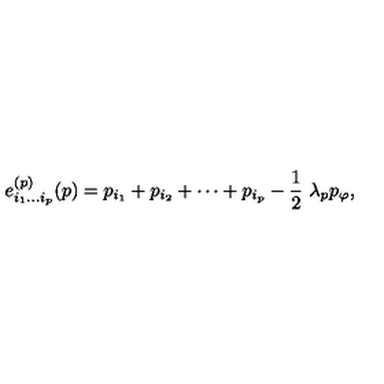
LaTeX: e _ { i _ { 1 } \ldots i _ { p } } ^ { ( p ) } ( p ) = p _ { i _ { 1 } } + p _ { i _ { 2 } } + \cdots + p _ { i _ { p } } - \frac { 1 } { 2 } \ \lambda _ { p } p _ { \varphi } ,